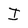
Character: I